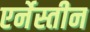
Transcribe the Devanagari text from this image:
एर्नेस्तीन